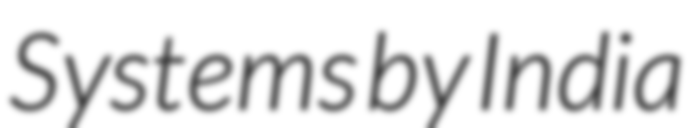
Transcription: Systems by India